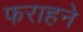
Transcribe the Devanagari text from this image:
फराहने